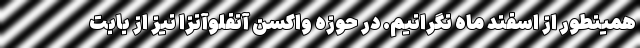
همینطور از اسفند ماه نگرانیم. در حوزه واکسن آنفلوآنزا نیز از بابت